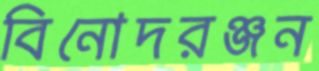
বিনোদরঞ্জন